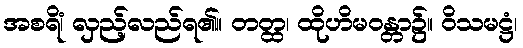
အစရိံ၊ လှည့်လည်ရ၏။ တတ္ထ၊ ထိုဟိမဝန္တာ၌။ ဝိသမဋ္ဌံ၊